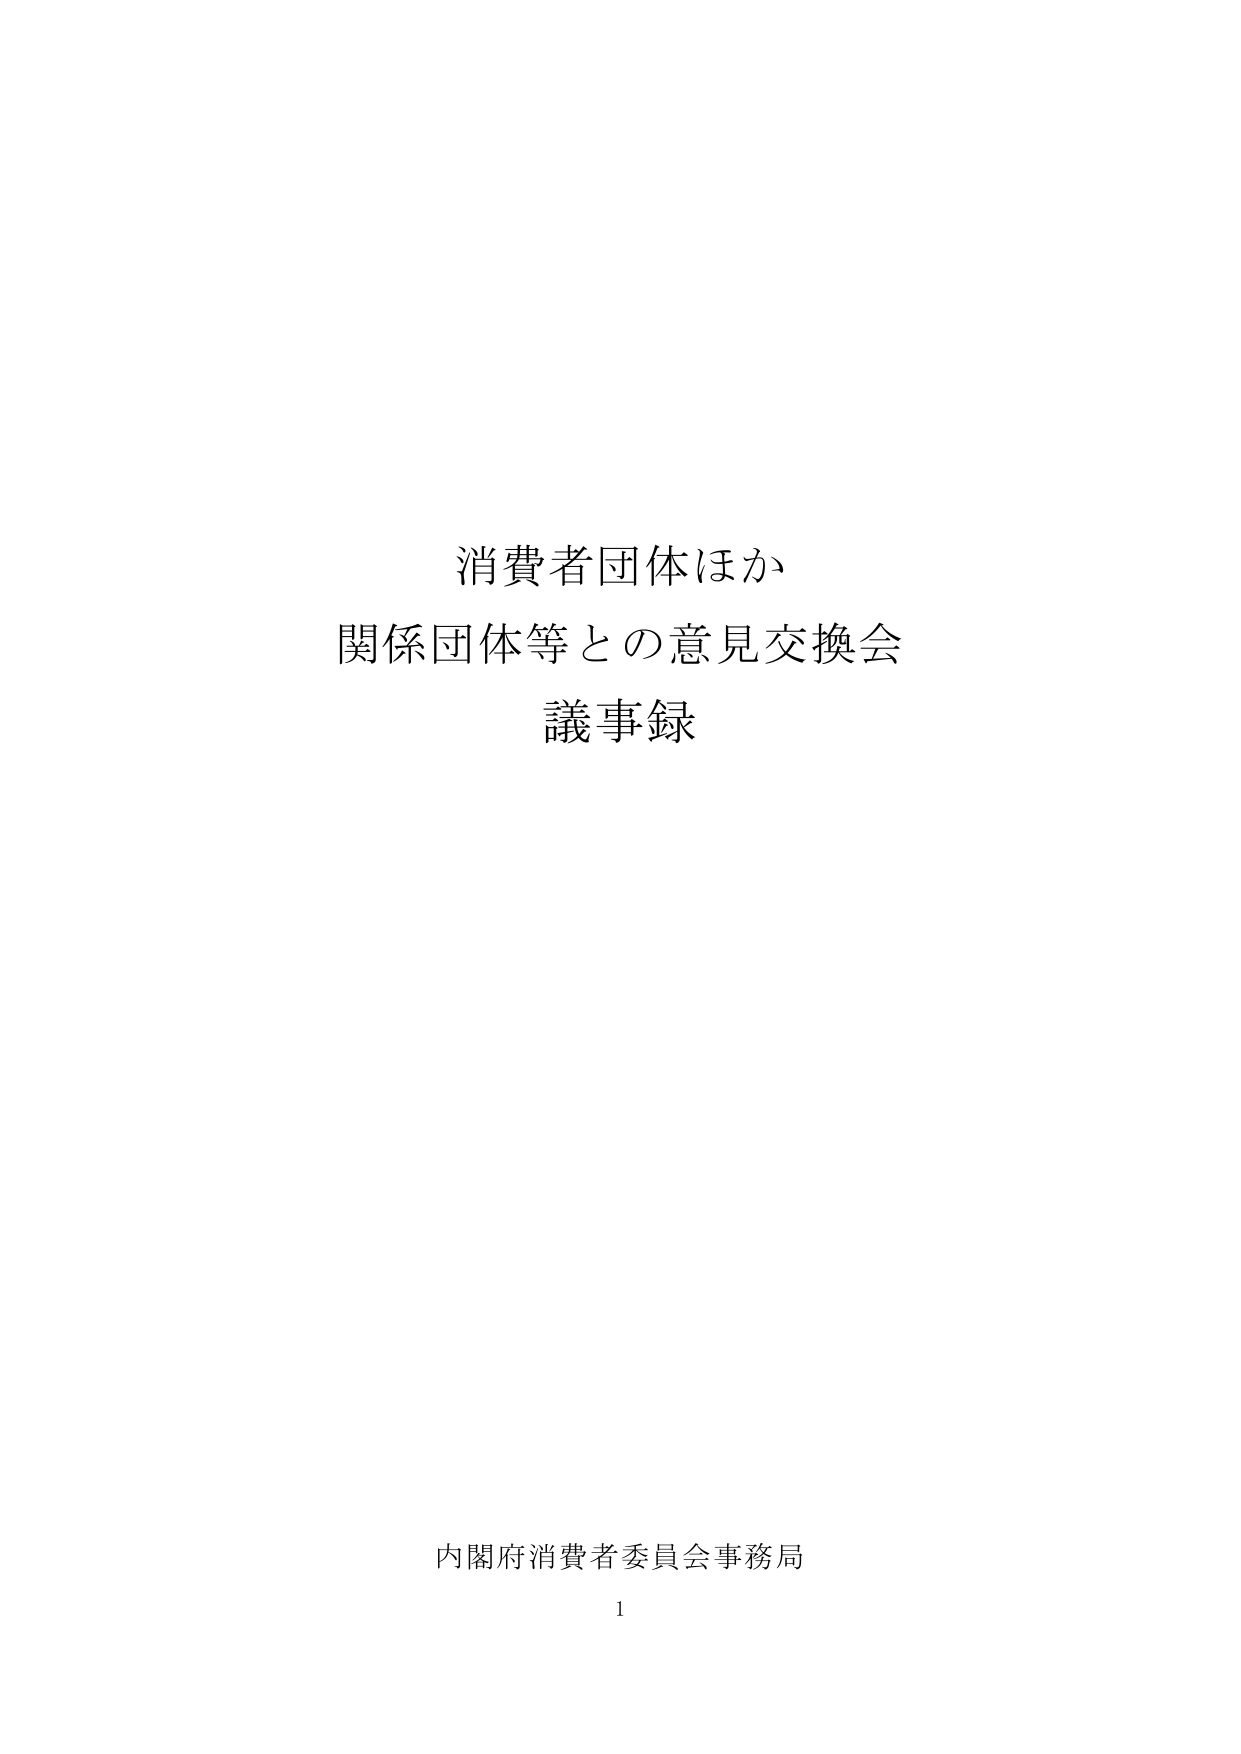
消費者団体ほか
関係団体等との意見交換会
議事録

内閣府消費者委員会事務局
1